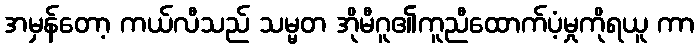
အမှန်တော့ ကယ်လီသည် သမ္မတ အိုမီဂူ၏ကူညီထောက်ပံ့မှုကိုရယူ ကာ